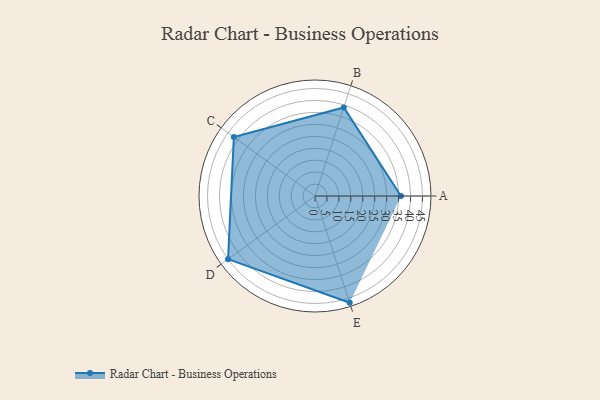
{"axis": {"x": "Skill", "y": "Score"}, "legend": ["Profile"], "data": [{"x": "A", "y": 36.0, "type": "Profile"}, {"x": "B", "y": 39.0, "type": "Profile"}, {"x": "C", "y": 42.0, "type": "Profile"}, {"x": "D", "y": 45.0, "type": "Profile"}, {"x": "E", "y": 47.0, "type": "Profile"}]}